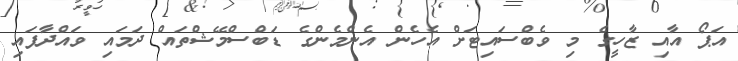
އަޕޯ އާއި ޒާހީގެ މި ވެބްސައިޓަށް އެހެން އެންމެންގެ ޑަބްސްމޭޝްތައް ދަމައި ވައްދާފައި